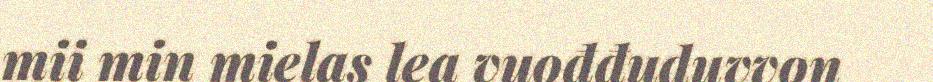
mii min mielas lea vuođđuduvvon